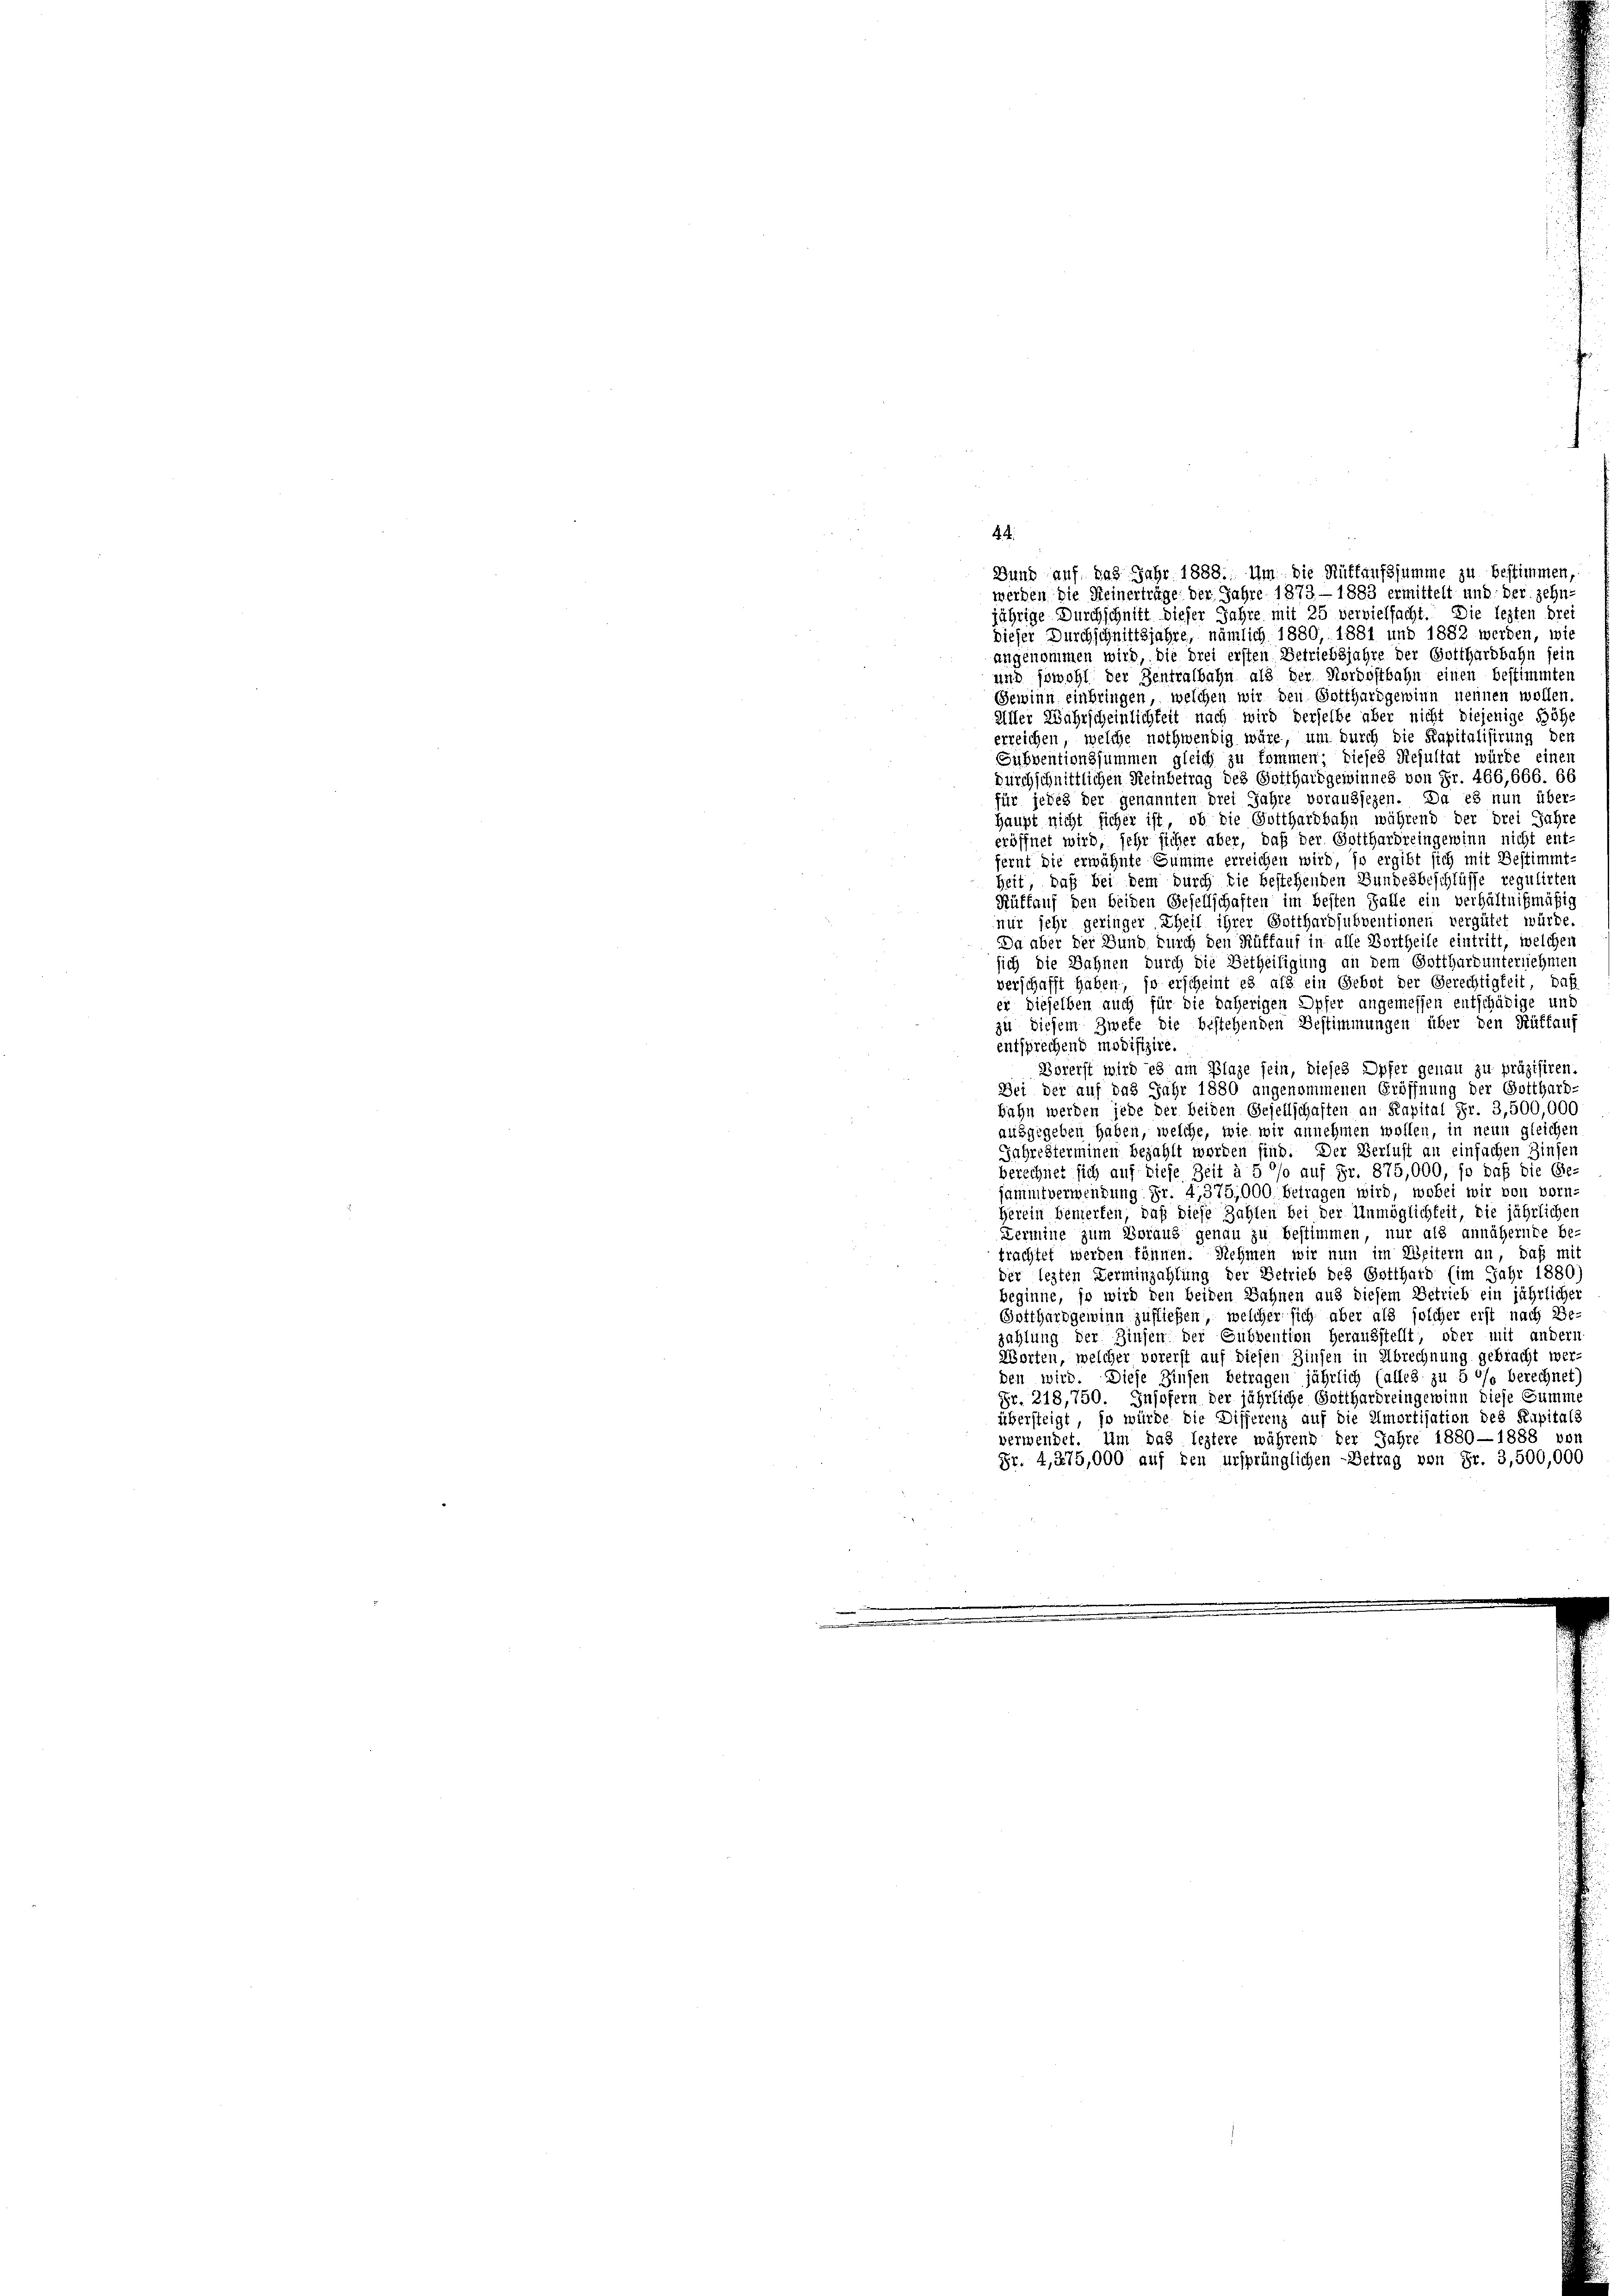
4. 4

Bund auf das Jahr 1888. Um die Rüffaufssumme zu bestimmen,
werden die Heinerträge der Jahre 1873 - 1883 ermittelt und der zehn-
jährige Durchschnitt dieser Jahre mit 25 vervielfacht. Die lezten drei
dieser Durchschnittsjahre, nämlich 1880, 1881 und 1882 werden, wie
angenommen wird, die drei ersten Betriebsjahre der Gotthardbahn sein
und sowohl der Zentralbahn als der Nordostbahn einen bestimmten
Gewinn einbringen, welchen wir den Gotthardgewinn nennen wollen.
eiller Währscheinlichkeit nach wird derselbe aber nicht diejenige Höhe
erreichen, welche nothwendig wäre, um durch die Kapitalisirung den
Subventionssummen gleich zu kommen; dieses Resultat würde einen
Durchschnittlichen Reinbetrag des Gotthard gewinnes von Fr. 466,666. 66
für jedes der genannten drei Jahre voraussezen. Da es nun über-
Haupt nicht sicher ist, ob die Gotthardbahn während der drei Jahr
eröffnet wird, sehr sicher aber, daß der Gotthardreingewinn nicht ent-
fernt die erwähnte Summe erreichen wird, so ergibt sich mit Bestimmt-
heit, daß bei dem durch die bestehenden Bundesbeschlüsse regulirten
Rüffauf den beiden Gesellschaften im besten Falle ein verhältnißmäßig
nur sehr geringer Theil ihrer Gotthardsubventionen vergütet würde
Da aber der Bund durch den Ruffauf in alle Vortheile eintritt, welchen
sich die Bahnen durch die Betheiligung an dem Gotthard unternehmen
verschafft haben, so erscheint es als ein Gebot der Gerechtigkeit, daß
er dieselben auch für die daherigen Opfer angemessen entschädige und
zu diesem Zwefe die bestehenden Bestimmungen über den Rüttauf
entsprechend modifizire.
Borerst wird es am Plage sein, dieses Opfer genau zu präzisiren.
Bei der auf das Jahr 1880 angenommenen Eröffnung der Gotthard-
Bahn werden jede der beiden Gesellschaften an Kapital Fr. 3,500,000
ausgegeben haben, welche, wie wir annehmen wollen, in neun gleichen
Jahresterminen bezahlt werden sind. Der Verlust an einfachen Zinsen
berechnet sich auf diese Zeit à 5 °/o auf Fr. 875,000, so daß die Ge-
sammtverwendung Fr. 4,375,000 betragen wird, wobei wir von vorn-
Herein bemerken, daß diese Zahlen bei der Unmöglichkeit, die jährlichen
Dermine zum Voraus genau zu bestimmen, nur als annähernde be-
trachtet werden können. Nehmen wir nun im Weitern an, daß mit
der lezten Verminzahlung der Betrieb des Gotthard (im Jahr 1880)
beginne, so wird den beiden Sahnen aus diesem Betrieb ein jährlicher
Gotthard gewinn zufließen, welcher sich aber als solcher erst nach Be-
zahlung der Zinsen der Subvention herausstellt, oder mit andern
Worten, welcher vorerst auf diesen Zinsen in Abrechnung gebracht werden wird. Diese Zinsen betragen jährlich (alles zu 5 °/o berechnet
Fr. 218,750. Insofern der jährliche Gotthardreingewinn diese Summe
übersteigt, so würde die Differenz auf die Amortisation des Kapitals
verwendet. Um das leztere während der Jahre 1880—1888 von
Fr. 4,275,000 auf den ursprünglichen - Betrag von Fr. 3,500,000